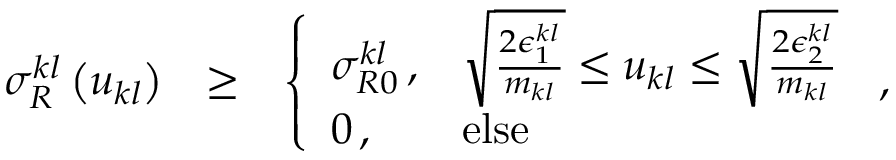
\begin{array} { r l r } { \sigma _ { R } ^ { k l } \left( u _ { k l } \right) } & { \ge } & { \left\{ \begin{array} { l l } { \sigma _ { R 0 } ^ { k l } \, , } & { \sqrt { \frac { 2 \epsilon _ { 1 } ^ { k l } } { m _ { k l } } } \le u _ { k l } \le \sqrt { \frac { 2 \epsilon _ { 2 } ^ { k l } } { m _ { k l } } } } \\ { 0 \, , } & { \mathrm { e l s e } } \end{array} \right. \, , } \end{array}